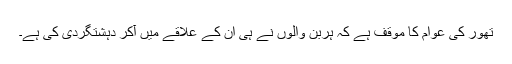
تھور کی عوام کا موقف ہے کہ ہربن والوں نے ہی ان کے علاقے میں آکر دہشتگردی کی ہے۔